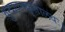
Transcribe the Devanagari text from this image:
वृन्दावनकृतालयः।